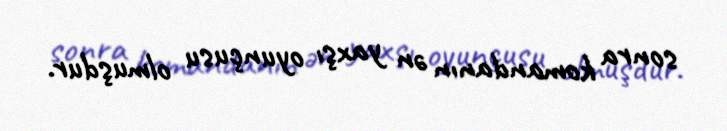
sonra komandanın ən yaxşı oyunçusu olmuşdur.